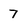
Character: 7